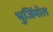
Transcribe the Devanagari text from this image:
भुजिंमोल